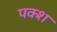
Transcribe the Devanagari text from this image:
पक्श